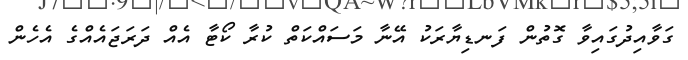
ގަވާއިދުގައިވާ ގޮތުން ފަނޑިޔާރަކު އޭނާ މަސައްކަތް ކުރާ ކޯޓާ އެއް ދަރަޖައެއްގެ އެހެން